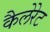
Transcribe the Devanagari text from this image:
कैलेरेट